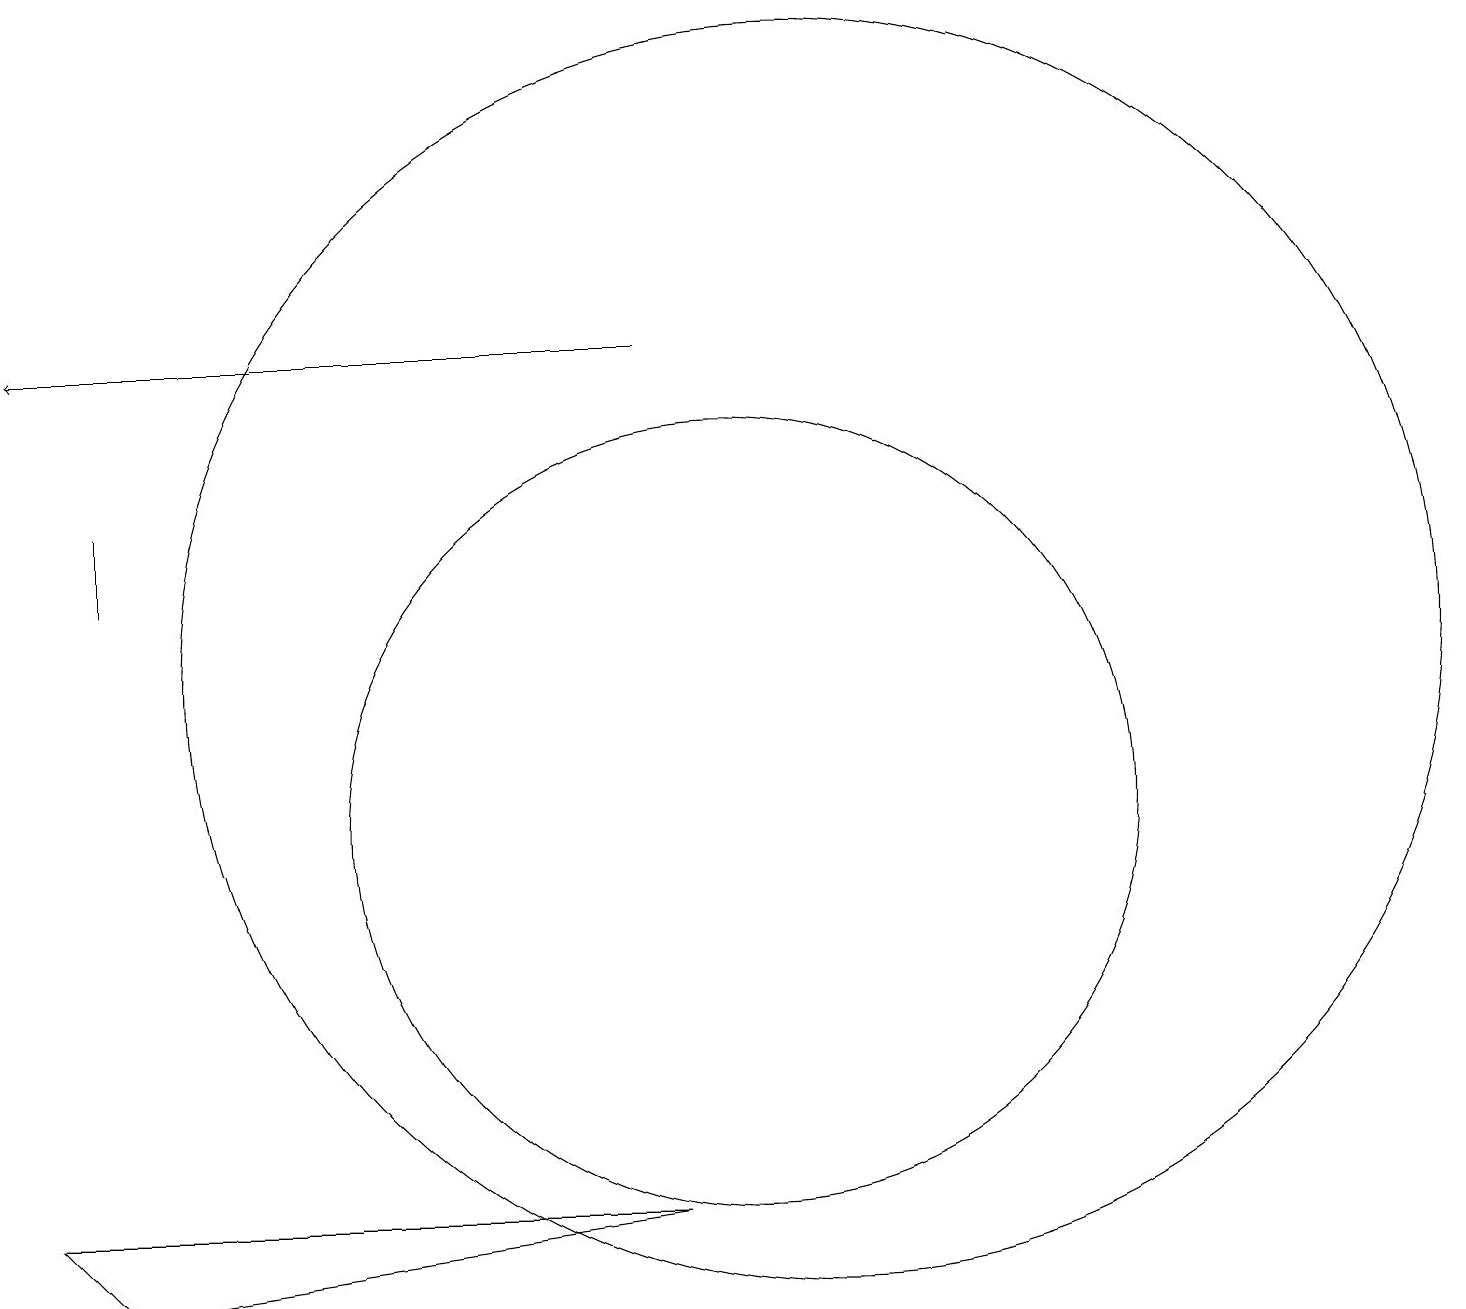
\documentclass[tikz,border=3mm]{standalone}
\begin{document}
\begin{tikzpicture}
\draw (2,4) -- (9,5) -- (1,5) -- cycle;
\draw (2,13) rectangle (2,14);
\draw (10,10) circle (5);
\draw[->] (9,16) -- (1,16);
\draw (11,12) circle (8);
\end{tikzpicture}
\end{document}